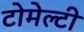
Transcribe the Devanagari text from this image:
टोमेल्टी